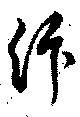
汴